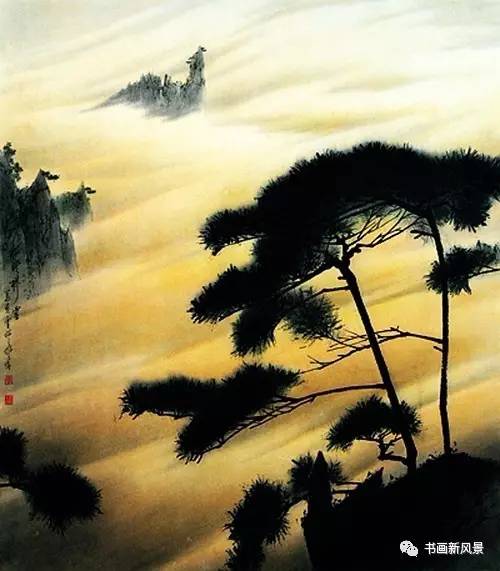
霜天秋晓，正紫塞故垒，黄云衰草。